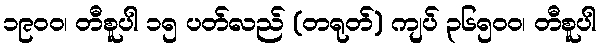
၁၉၀ဝ၊ တီစူပါ ၁၅ ပတ်လည် (တရုတ်) ကျပ် ၃၆၅၀ဝ၊ တီစူပါ